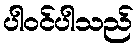
ပါဝင်ပါသည်